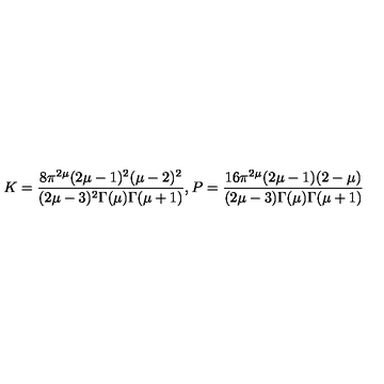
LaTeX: K = \frac { 8 \pi ^ { 2 \mu } ( 2 \mu - 1 ) ^ { 2 } ( \mu - 2 ) ^ { 2 } } { ( 2 \mu - 3 ) ^ { 2 } \Gamma ( \mu ) \Gamma ( \mu + 1 ) } , P = \frac { 1 6 \pi ^ { 2 \mu } ( 2 \mu - 1 ) ( 2 - \mu ) } { ( 2 \mu - 3 ) \Gamma ( \mu ) \Gamma ( \mu + 1 ) }